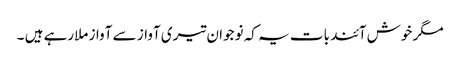
مگر خوش آئند بات یہ کہ نوجوان تیری آواز سے آواز ملارہے ہیں ۔